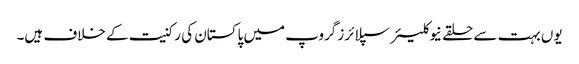
یوں بہت سے حلقے نیوکلیئر سپلائرز گروپ میں پاکستان کی رکنیت کے خلاف ہیں۔